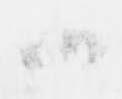
候